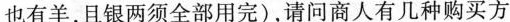
也有羊，且银两须全部用完)，请问商人有几种购买方